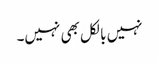
نہیں بالکل بھی نہیں۔